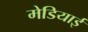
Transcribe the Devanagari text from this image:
मेडियाई